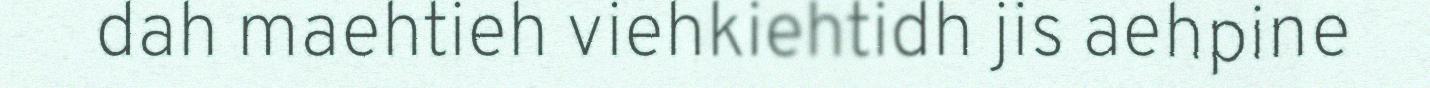
dah maehtieh viehkiehtidh jis aehpine